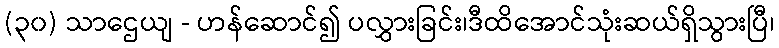
(၃၀) သာဌေယျ - ဟန်ဆောင်၍ ပလွှားခြင်း၊ဒီထိအောင်သုံးဆယ်ရှိသွားပြီ၊